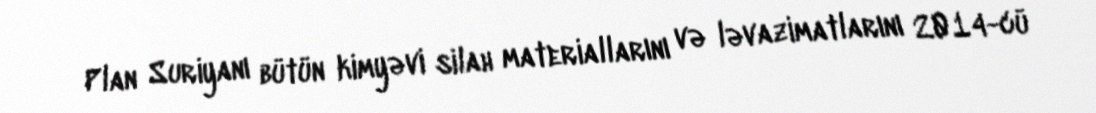
Plan Suriyanı bütün kimyəvi silah materiallarını və ləvazimatlarını 2014-cü